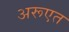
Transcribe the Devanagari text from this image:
अरूएत